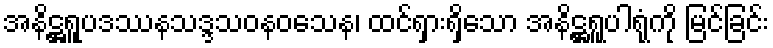
အနိဋ္ဌရူပဒဿနသဒ္ဒသဝနဝသေန၊ ထင်ရှားရှိသော အနိဋ္ဌရူပါရုံကို မြင်ခြင်း